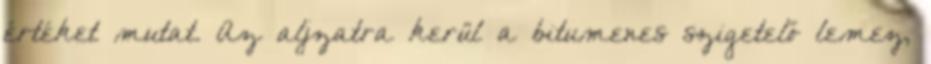
értéket mutat. Az aljzatra kerül a bitumenes szigetelő lemez,